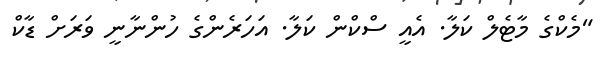
"މެކްގެ މާޓެލް ކަލާ. އެއީ ސްކްން ކަލާ. އަހަރެންގެ ހުންނާނީ ވަރަށް ޑާކް